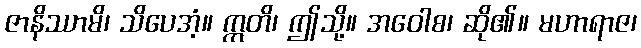
ဇာနိဿာမိ၊ သိပေအံ့။ ဣတိ၊ ဤသို့။ အဝေါစ၊ ဆို၏။ မဟာရာဇ၊